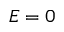
E = 0